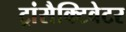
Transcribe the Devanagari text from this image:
ट्रांसैक्टिवेटर